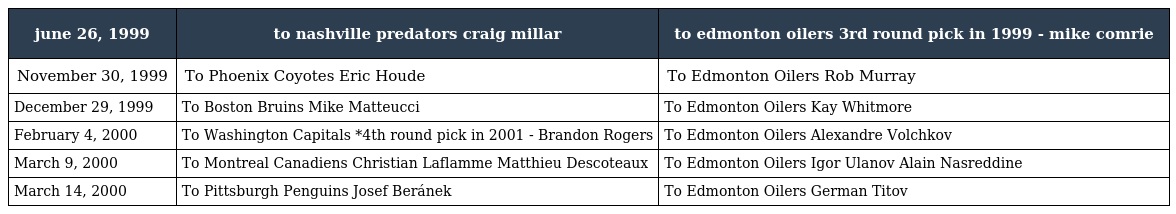
| june 26, 1999 | to nashville predators craig millar | to edmonton oilers 3rd round pick in 1999 - mike comrie |
 | --- | --- | --- |
 | November 30, 1999 | To Phoenix Coyotes Eric Houde | To Edmonton Oilers Rob Murray |
 | December 29, 1999 | To Boston Bruins Mike Matteucci | To Edmonton Oilers Kay Whitmore |
 | February 4, 2000 | To Washington Capitals *4th round pick in 2001 - Brandon Rogers | To Edmonton Oilers Alexandre Volchkov |
 | March 9, 2000 | To Montreal Canadiens Christian Laflamme Matthieu Descoteaux | To Edmonton Oilers Igor Ulanov Alain Nasreddine |
 | March 14, 2000 | To Pittsburgh Penguins Josef Beránek | To Edmonton Oilers German Titov |